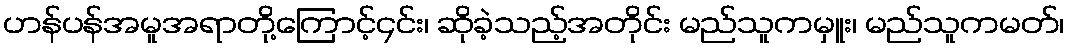
ဟန်ပန်အမူအရာတို့ကြောင့်၄င်း၊ ဆိုခဲ့သည့်အတိုင်း မည်သူကမှူး၊ မည်သူကမတ်၊